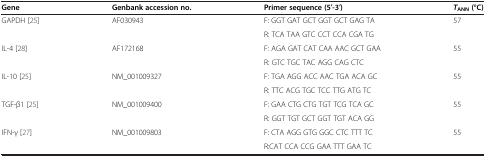
<table><thead><tr><td><b>Gene</b></td><td><b>Genbank accession no.</b></td><td><b>Primer sequence (5′-3′)</b></td><td><b><i>T</i><sub>ANN</sub> (°C)</b></td></tr></thead><tbody><tr><td>GAPDH [25]</td><td>AF030943</td><td>F: GGT GAT GCT GGT GCT GAG TA</td><td>57</td></tr><tr><td> </td><td> </td><td>R: TCA TAA GTC CCT CCA CGA TG</td><td> </td></tr><tr><td>IL-4 [28]</td><td>AF172168</td><td>F: AGA GAT CAT CAA AAC GCT GAA</td><td>55</td></tr><tr><td> </td><td> </td><td>R: GTC TGC TAC AGG CAG CTC</td><td> </td></tr><tr><td>IL-10 [25]</td><td>NM_001009327</td><td>F: TGA AGG ACC AAC TGA ACA GC</td><td>55</td></tr><tr><td> </td><td> </td><td>R: TTC ACG TGC TCC TTG ATG TC</td><td> </td></tr><tr><td>TGF-β1 [25]</td><td>NM_001009400</td><td>F: GAA CTG CTG TGT TCG TCA GC</td><td>55</td></tr><tr><td> </td><td> </td><td>R: GGT TGT GCT GGT TGT ACA GG</td><td> </td></tr><tr><td>IFN-γ [27]</td><td>NM_001009803</td><td>F: CTA AGG GTG GGC CTC TTT TC</td><td>55</td></tr><tr><td> </td><td> </td><td>R:CAT CCA CCG GAA TTT GAA TC</td><td> </td></tr></tbody></table>